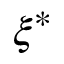
\xi ^ { \ast }